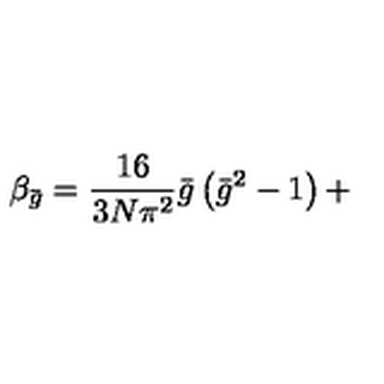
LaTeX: \beta _ { \bar { g } } = \frac { 1 6 } { 3 N \pi ^ { 2 } } \bar { g } \left( \bar { g } ^ { 2 } - 1 \right) +